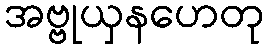
အဗ္ဗုယှနဟေတု